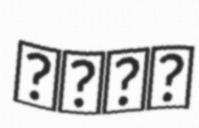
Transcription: الله